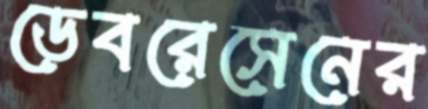
ডেবরেসেনের